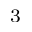
^ 3